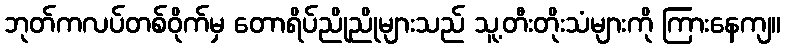
ဘုတ်ကလပ်တစ်ဝိုက်မှ တောရိပ်ညိုညိုများသည် သူ့တီးတိုးသံများကို ကြားနေကျ။